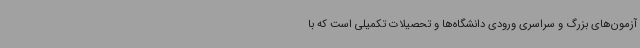
آزمون‌های بزرگ و سراسری ورودی دانشگاه‌ها و تحصیلات تکمیلی است که با